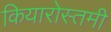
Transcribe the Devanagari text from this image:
कियारोस्तमी